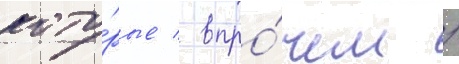
кото́рые / впро́чем /